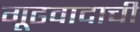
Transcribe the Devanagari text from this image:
गूढवादाची